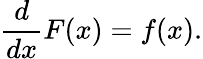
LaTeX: {\frac{d}{dx}}F(x)=f(x).